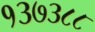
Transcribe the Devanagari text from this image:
१३७३८८